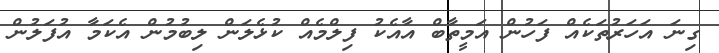
ގިނަ އަހަރުތަކެއް ފަހުން އަމީތާބް އާއެކު ފިލްމެއް ކުޅެލަން ލިބުމުން އެކަމާ އުފަލުން